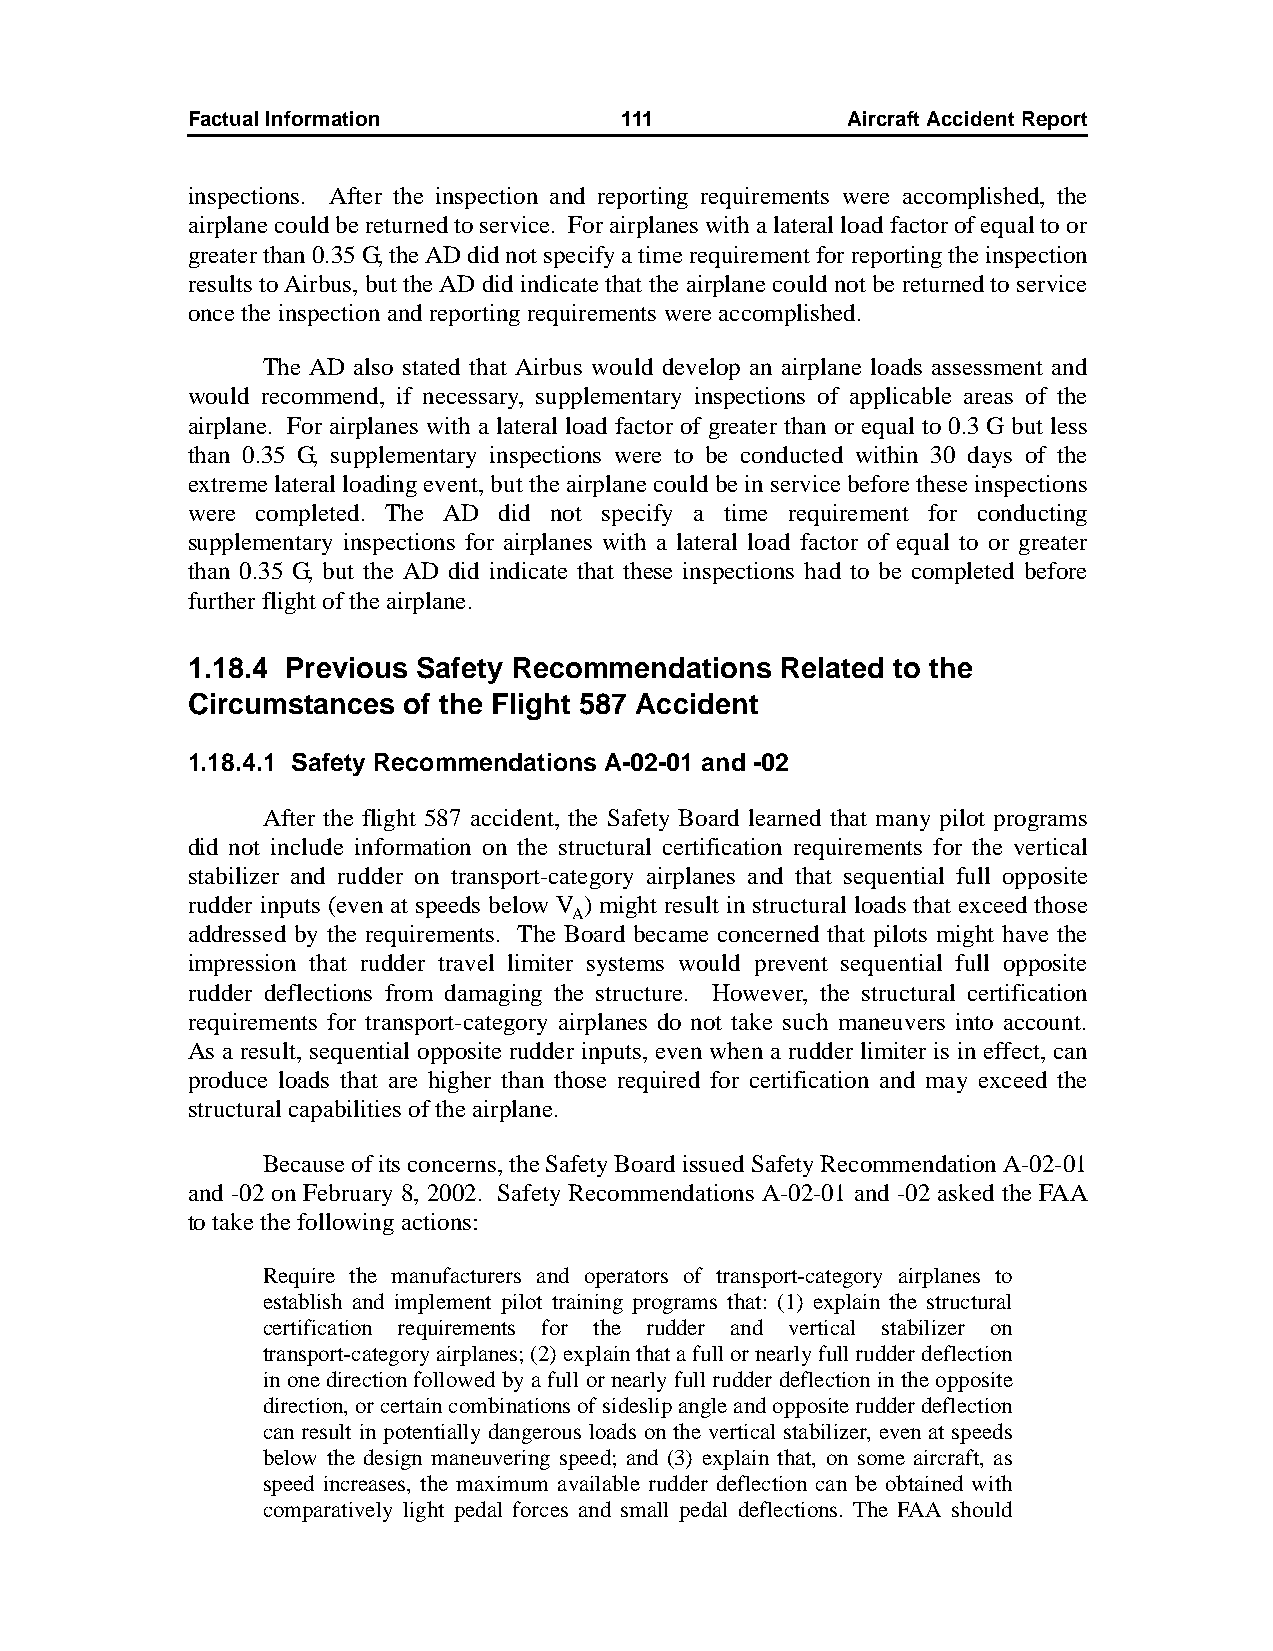
Factual Information          111            AircraftAccidentReport
 inspections. After the inspection and reporting requirements were accomplished, the
 airplane could be returned to service. For airplanes with a lateral load factor of equal to or
 greater than 0.35 G, the AD did not specify a time requirement for reporting the inspection
 results to Airbus, but the AD did indicate that the airplane could not be returned to service
 once the inspection and reporting requirements were accomplished.
 The AD also stated that Airbus would develop an airplane loads assessment and
 would recommend, if necessary, supplementary inspections of applicable areas of the
 airplane. For airplanes with a lateral load factor of greater than or equal to 0.3 G but less
 than 0.35 G, supplementary inspections were to be conducted within 30 days of the
 extreme lateral loading event, but the airplane could be in service before these inspections
 were completed. The AD did not specify a time requirement for conducting
 supplementary inspections for airplanes with a lateral load factor of equal to or greater
 than 0.35 G, but the AD did indicate that these inspections had to be completed before
 further flight of the airplane.
 1.18.4 Previous Safety Recommendations  Related to the
 Circumstances  of the Flight 587 Accident
 1.18.4.1 Safety Recommendations A-02-01 and -02
 After the flight 587 accident, the Safety Board learned that many pilot programs
 did not include information on the structural certification requirements for the vertical
 stabilizer and rudder on transport-category airplanes and that sequential full opposite
 rudder inputs (even at speeds below V ) might result in structural loads that exceed those
 A
 addressed by the requirements. The Board became concerned that pilots might have the
 impression that rudder travel limiter systems would prevent sequential full opposite
 rudder deflections from damaging the structure. However, the structural certification
 requirements for transport-category airplanes do not take such maneuvers into account.
 As a result, sequential opposite rudder inputs, even when a rudder limiter is in effect, can
 produce loads that are higher than those required for certification and may exceed the
 structural capabilities of the airplane.
 Because of its concerns, the Safety Board issued Safety Recommendation A-02-01
 and -02 on February 8, 2002. Safety Recommendations A-02-01 and -02 asked the FAA
 to take the following actions:
 Require the manufacturers and operators of transport-category airplanes to
 establish and implement pilot training programs that: (1) explain the structural
 certification requirements for the rudder and vertical stabilizer on
 transport-category airplanes; (2) explain that a full or nearly full rudder deflection
 in one direction followed by a full or nearly full rudder deflection in the opposite
 direction, or certain combinations of sideslip angle and opposite rudder deflection
 can result in potentially dangerous loads on the vertical stabilizer, even at speeds
 below the design maneuvering speed; and (3) explain that, on some aircraft, as
 speed increases, the maximum available rudder deflection can be obtained with
 comparatively light pedal forces and small pedal deflections. The FAA should